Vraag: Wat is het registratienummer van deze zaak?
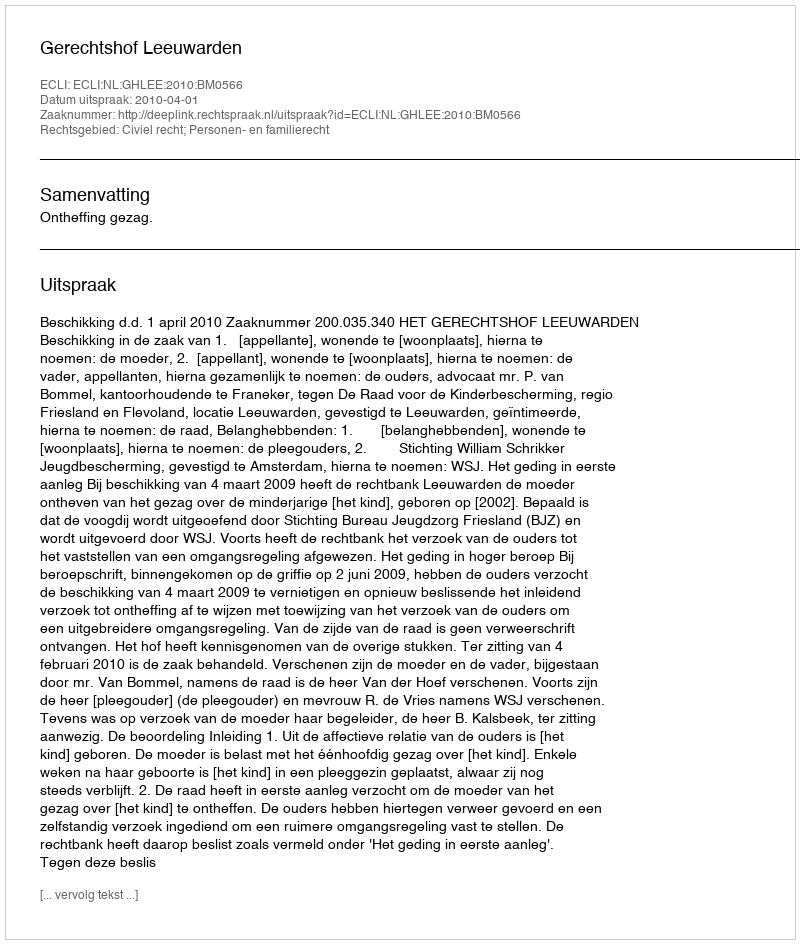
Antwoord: http://deeplink.rechtspraak.nl/uitspraak?id=ECLI:NL:GHLEE:2010:BM0566